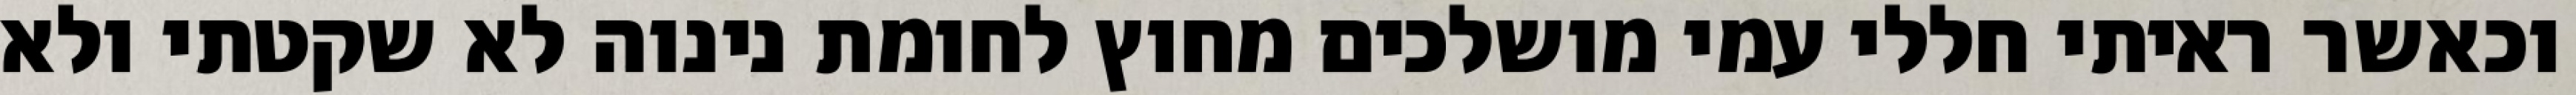
וכאשר ראיתי חללי עמי מושלכים מחוץ לחומת נינוה לא שקטתי ולא